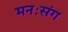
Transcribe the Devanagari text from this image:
मनःसंग